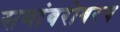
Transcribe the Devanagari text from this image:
सणांबरोबरच